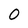
Character: 0